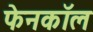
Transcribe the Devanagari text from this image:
फेनकॉल